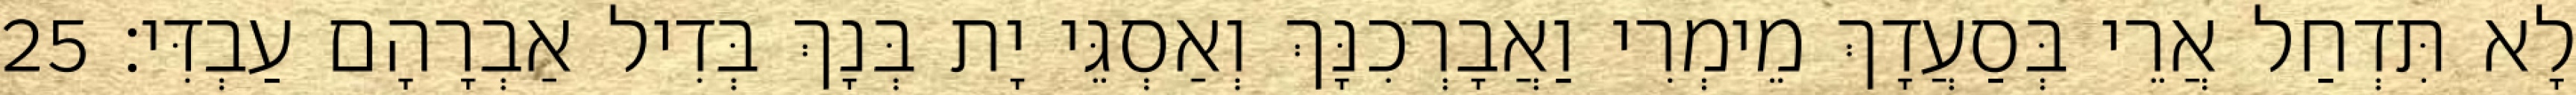
לָא תִּדְחַל אֲרֵי בְּסַעֲדָךְ מֵימְרִי וַאֲבָרְכִנָּךְ וְאַסְגֵּי יָת בְּנָךְ בְּדִיל אַבְרָהָם עַבְדִּי׃ 25